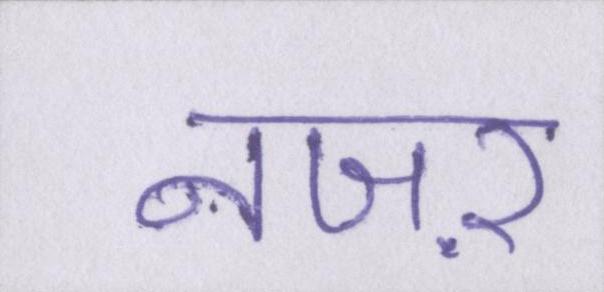
नजऱ